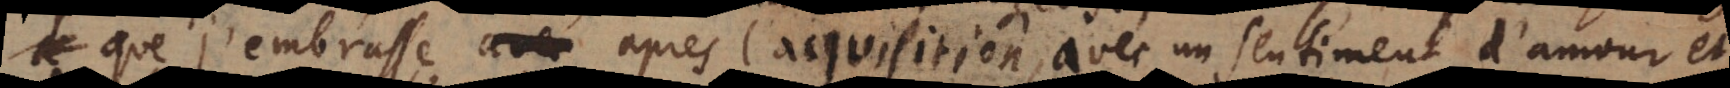
j’embrasse aprés l’acquisition, avec un sentiment d’amour et